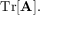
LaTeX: \operatorname { T r } [ \mathbf { A } ] .